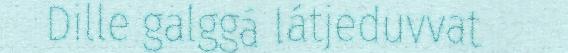
Dille galggá látjeduvvat